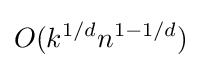
O(k^{1/d}n^{1-1/d})